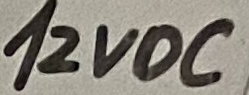
Text: 12VDC